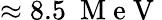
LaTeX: \approx 8.5~\mathrm{~M~e~V~}